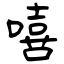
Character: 嘻